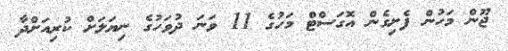
ޖޫން މަހުން ފެށިގެން އޮގަސްޓް މަހުގެ 11 ވަނަ ދުވަހުގެ ނިޔަލަށް ކުރިއަށްދާ